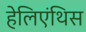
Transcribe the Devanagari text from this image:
हेलिएंथिस